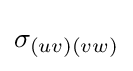
\sigma _{(uv)(vw)}